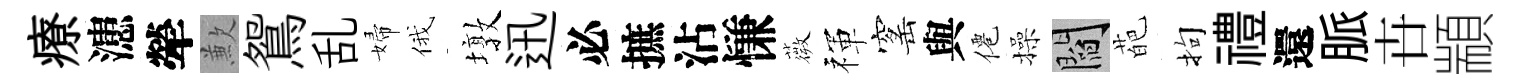
療漶犖歉鴛乱婦俄墩迅必摭沾慊薇禈窰與僊操閻葩拘禮還脈卋顓